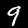
Label: 9